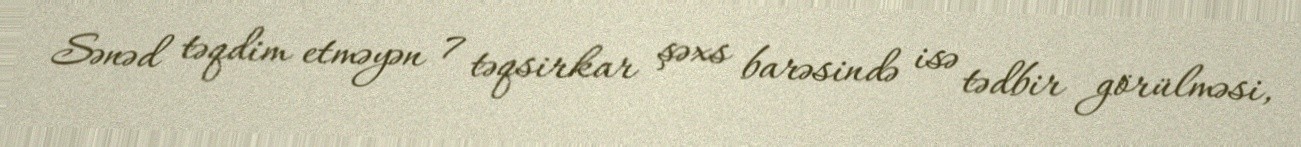
Sənəd təqdim etməyən 7 təqsirkar şəxs barəsində isə tədbir görülməsi,